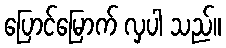
ပြောင်မြောက် လှပါ သည်။